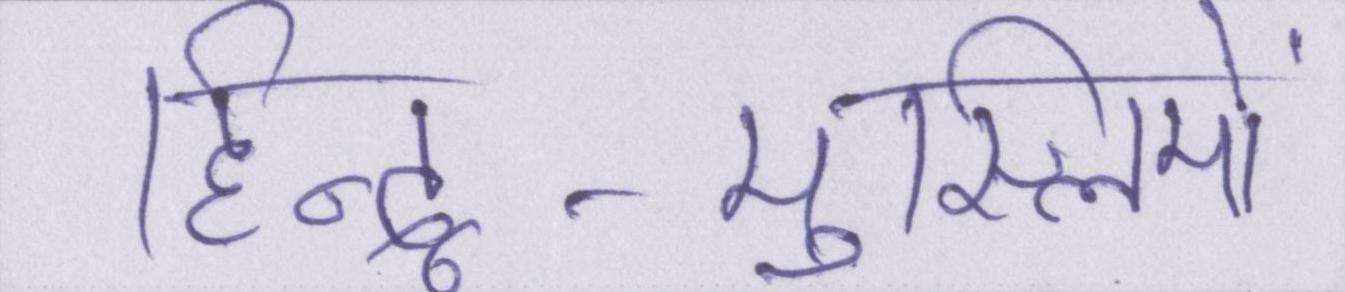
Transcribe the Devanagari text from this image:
हिन्दू-मुस्लिमों